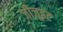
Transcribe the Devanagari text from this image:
जीज़ूइट